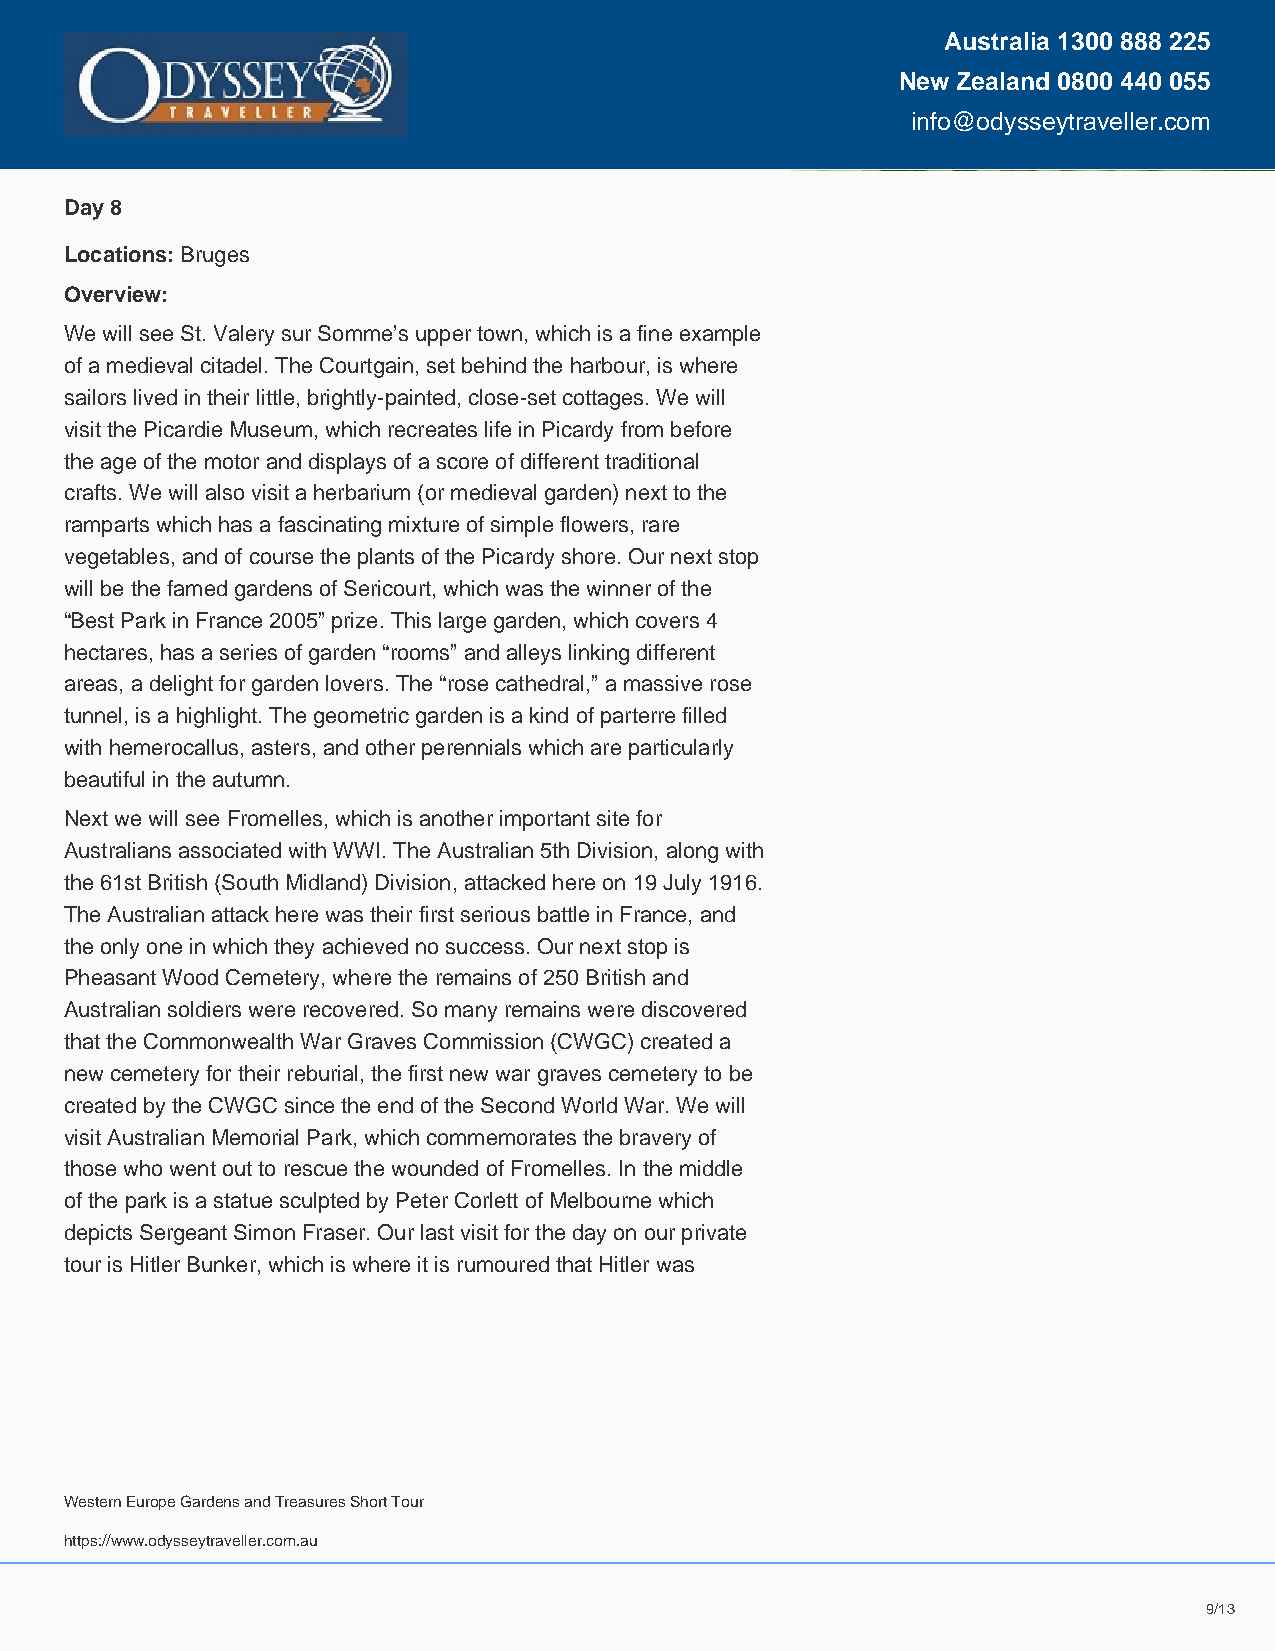
Australia 1300 888 225
 New Zealand 0800 440 055
 info@odysseytraveller.com
 Day 8
 Locations: Bruges
 Overview:
 We will see St. Valery sur Somme’s upper town, which is a fine example
 of a medieval citadel. The Courtgain, set behind the harbour, is where
 sailors lived in their little, brightly-painted, close-set cottages. We will
 visit the Picardie Museum, which recreates life in Picardy from before
 the age of the motor and displays of a score of different traditional
 crafts. We will also visit a herbarium (or medieval garden) next to the
 ramparts which has a fascinating mixture of simple flowers, rare
 vegetables, and of course the plants of the Picardy shore. Our next stop
 will be the famed gardens of Sericourt, which was the winner of the
 “Best Park in France 2005” prize. This large garden, which covers 4
 hectares, has a series of garden “rooms” and alleys linking different
 areas, a delight for garden lovers. The “rose cathedral,” a massive rose
 tunnel, is a highlight. The geometric garden is a kind of parterre filled
 with hemerocallus, asters, and other perennials which are particularly
 beautiful in the autumn.
 Next we will see Fromelles, which is another important site for
 Australians associated with WWI. The Australian 5th Division, along with
 the 61st British (South Midland) Division, attacked here on 19 July 1916.
 The Australian attack here was their first serious battle in France, and
 the only one in which they achieved no success. Our next stop is
 Pheasant Wood Cemetery, where the remains of 250 British and
 Australian soldiers were recovered. So many remains were discovered
 that the Commonwealth War Graves Commission (CWGC) created a
 new cemetery for their reburial, the first new war graves cemetery to be
 created by the CWGC since the end of the Second World War. We will
 visit Australian Memorial Park, which commemorates the bravery of
 those who went out to rescue the wounded of Fromelles. In the middle
 of the park is a statue sculpted by Peter Corlett of Melbourne which
 depicts Sergeant Simon Fraser. Our last visit for the day on our private
 tour is Hitler Bunker, which is where it is rumoured that Hitler was
 Western Europe Gardens and Treasures Short Tour
 09-Dec-2023
 https://www.odysseytraveller.com.au
 9999999999999/////////////11111111111113333333333333